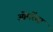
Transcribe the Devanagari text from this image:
ओमरेंदा